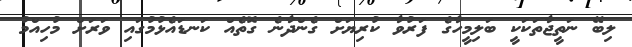
ލިބޭ ނަތީޖާތަކަކީ ބަލިމީހާގެ ފަރުވާ ކުރިޔަށް ގެންދާނެ ގޮތެއް ކަނޑައެޅުމުގައި ވަރަށް މުހިއްމު